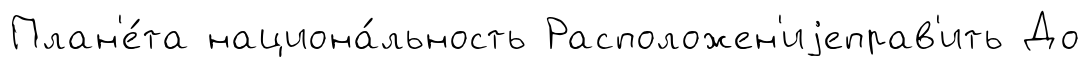
План'е́та национа́льность Расположен'иjеправ'ить До